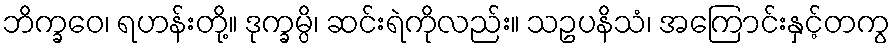
ဘိက္ခဝေ၊ ရဟန်းတို့။ ဒုက္ခမ္ပိ၊ ဆင်းရဲကိုလည်း။ သဥပနိသံ၊ အကြောင်းနှင့်တကွ